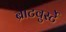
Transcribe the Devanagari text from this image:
ब्राटवुर्स्टे